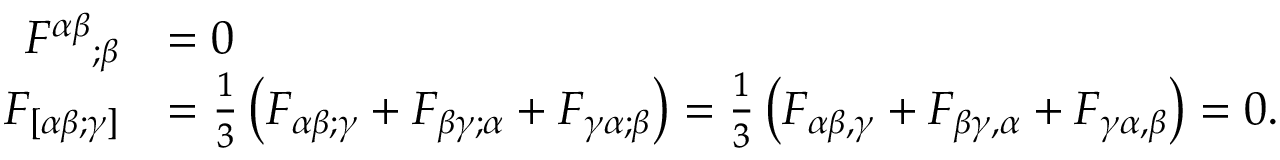
{ \begin{array} { r l } { { F ^ { \alpha \beta } } _ { ; \beta } } & { = 0 } \\ { F _ { [ \alpha \beta ; \gamma ] } } & { = { \frac { 1 } { 3 } } \left( F _ { \alpha \beta ; \gamma } + F _ { \beta \gamma ; \alpha } + F _ { \gamma \alpha ; \beta } \right) = { \frac { 1 } { 3 } } \left( F _ { \alpha \beta , \gamma } + F _ { \beta \gamma , \alpha } + F _ { \gamma \alpha , \beta } \right) = 0 . } \end{array} }